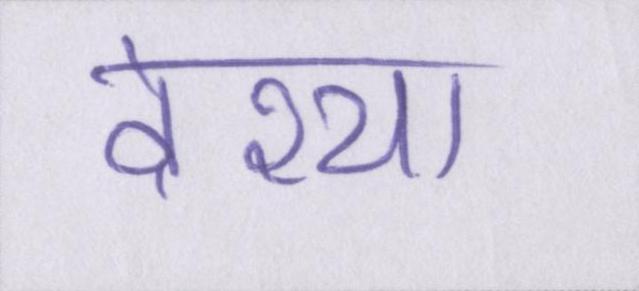
वेश्या